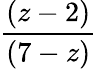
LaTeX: \frac{(z-2)}{(7-z)}